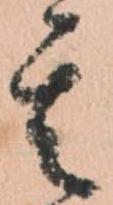
其